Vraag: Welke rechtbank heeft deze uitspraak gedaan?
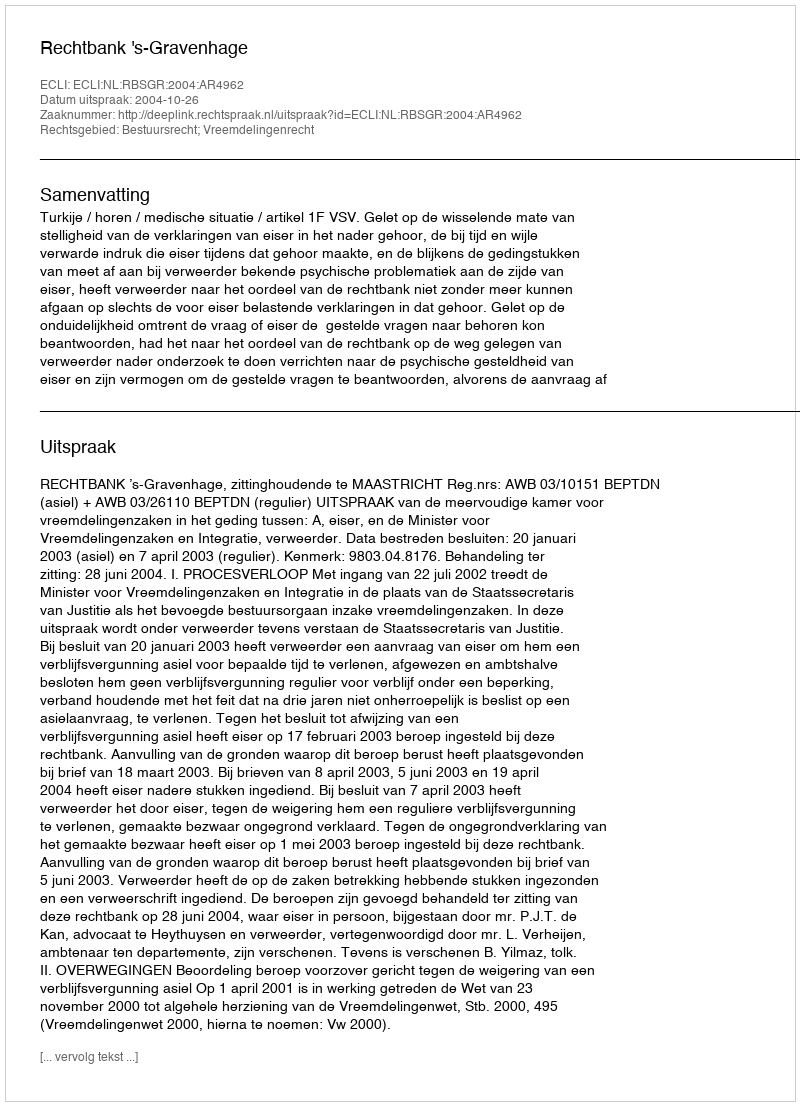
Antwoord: Rechtbank 's-Gravenhage